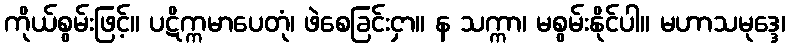
ကိုယ်စွမ်းဖြင့်။ ပဋိက္ကမာပေတုံ၊ ဖဲစေခြင်းငှာ။ န သက္ကာ၊ မစွမ်းနိုင်ပါ။ မဟာသမုဒ္ဒေ၊